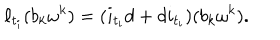
\ell _ { t _ { i } } ( b _ { k } \omega ^ { k } ) = ( i _ { t _ { i } } d + d i _ { t _ { i } } ) ( b _ { k } \omega ^ { k } ) .